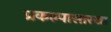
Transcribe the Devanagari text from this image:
प्रकल्पासारखा